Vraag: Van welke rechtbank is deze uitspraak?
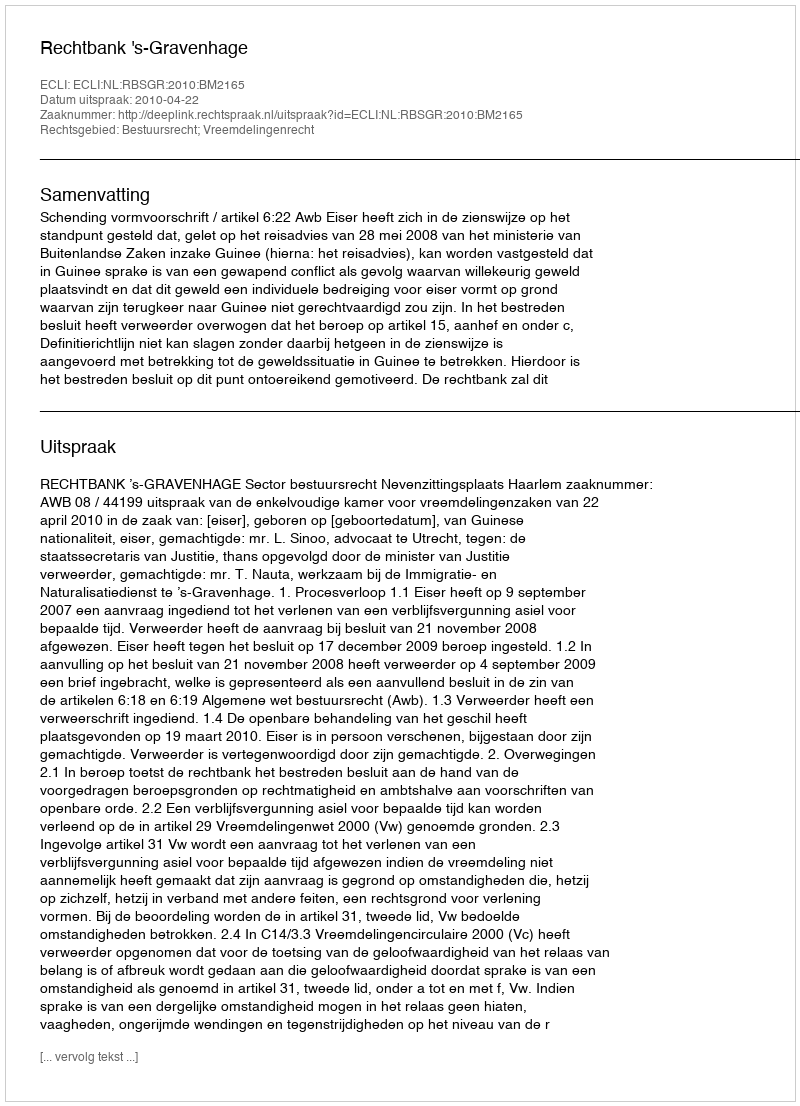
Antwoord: Rechtbank 's-Gravenhage